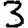
Digit: 3